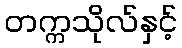
တက္ကသိုလ်နှင့်